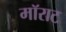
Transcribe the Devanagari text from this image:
मॉराट